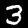
Digit: 3